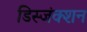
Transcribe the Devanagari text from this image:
डिस्जंक्शन